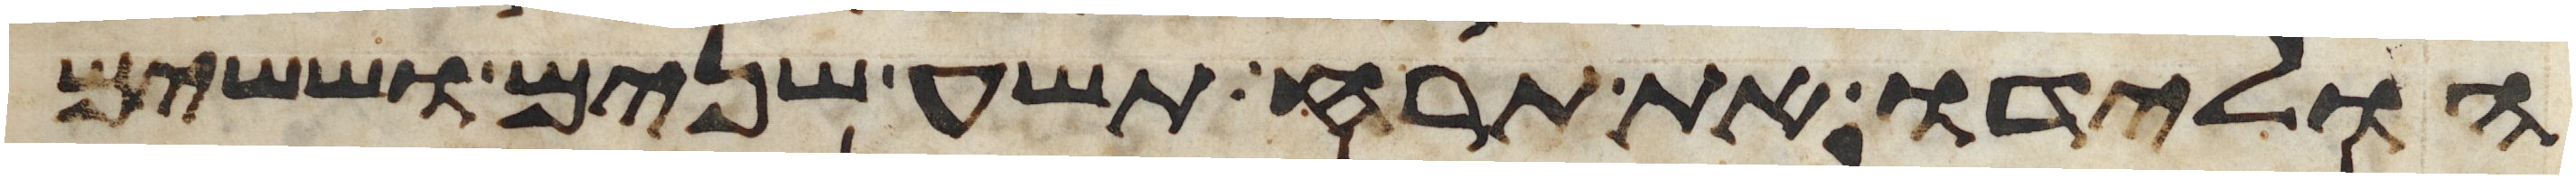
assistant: הולידו את תרח תשע שנים וששים